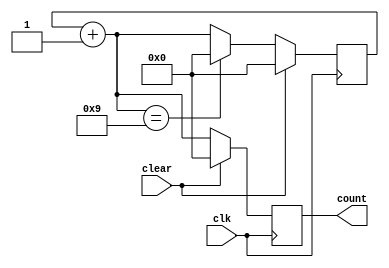
module bcdcounter(clk,clear,count);
input clk,clear;
reg [3:0]in;
output reg [3:0]count;

always @(posedge clk)

begin
if(clear)
begin
in<=4'b0000;
count<=4'b0000;
end
else
begin
in=in+1;
if (in==4'b1001)
begin
in<=4'b0000;
end
count<=in;
end
end
endmodule